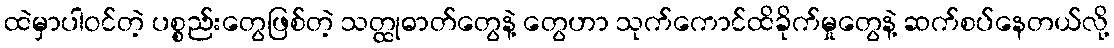
ထဲမှာပါဝင်တဲ့ ပစ္စည်းတွေဖြစ်တဲ့ သတ္ထုဓာတ်တွေနဲ့ တွေဟာ သုက်ကောင်ထိခိုက်မှုတွေနဲ့ ဆက်စပ်နေတယ်လို့